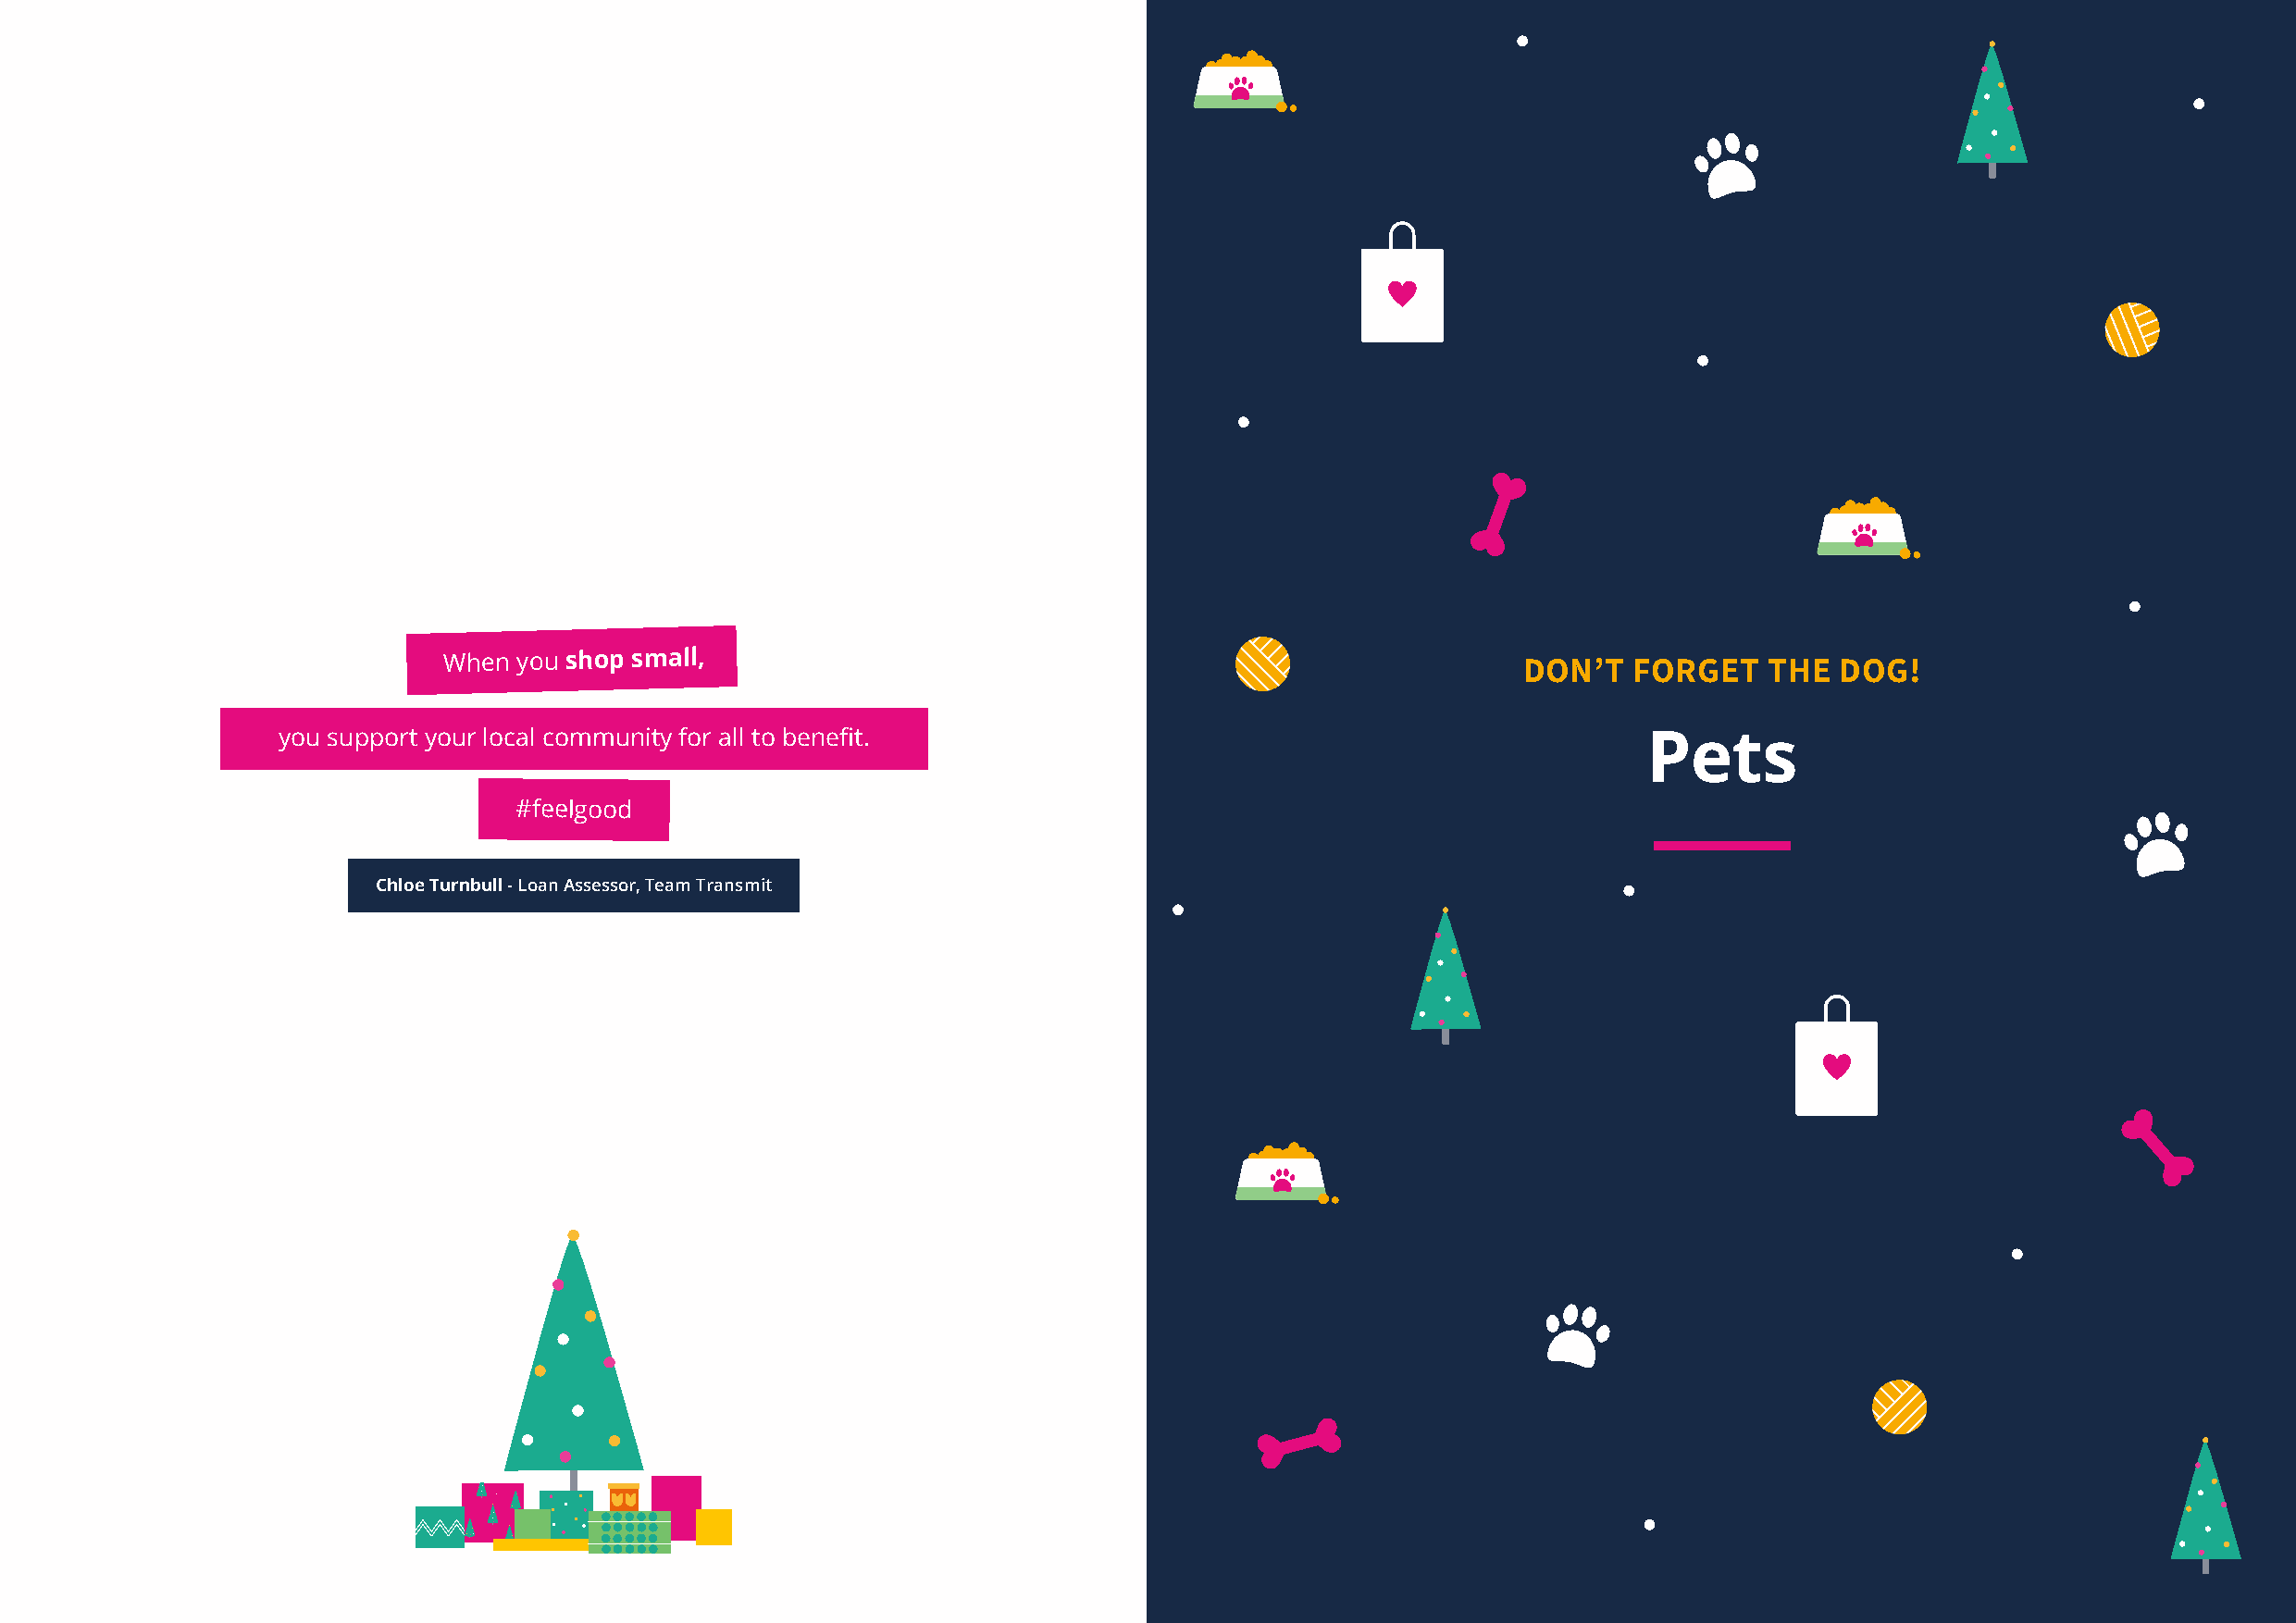
When you shop small,                                                         DON’T   FORGET   THE   DOG!
 you support your local community for all to benefit.                                              Pets
 #feelgood
 Chloe Turnbull - Loan Assessor, Team Transmit